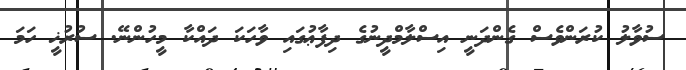
ސުވާލު ކުރަންވެސް ގެންދަނީ އިސްލާމްދީނުގެ ދިފާޢުގައި ވާހަކަ ދައްކާ މީހުންނޭ. ސުރުޚީ ހަމަ